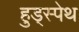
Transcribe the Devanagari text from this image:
हुड्स्पेथ